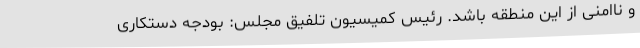
و ناامنی از این منطقه باشد. رئیس کمیسیون تلفیق مجلس: بودجه دستکاری